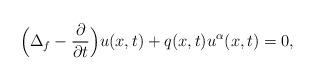
LaTeX: \begin{align*}\displaystyle \Big(\Delta_f - \frac{\partial}{\partial t}\Big) u(x,t) +q(x,t)u^\alpha(x,t) = 0,\end{align*}